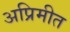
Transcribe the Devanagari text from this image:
अप्रिमीत